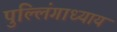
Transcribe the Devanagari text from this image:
पुल्लिंगाध्याय